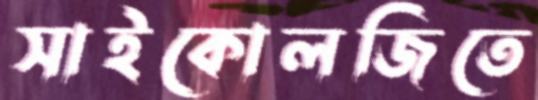
সাইকোলজিতে